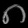
Digit: ၈